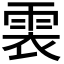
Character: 𩂱